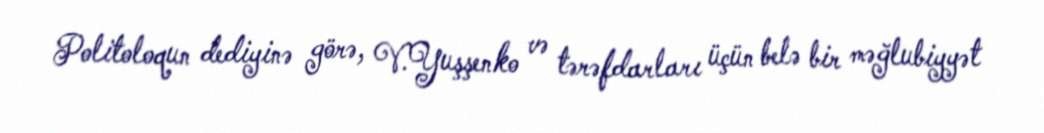
Politoloqun dediyinə görə, V.Yuşşenko və tərəfdarları üçün belə bir məğlubiyyət